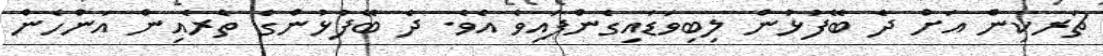
ޗަރކިން އަށް ދެ ބޭފުޅުން ލިބިވަޑައިގެންފައިވެ އެވެ. ދެ ބޭފުޅުންގެ ތެރެއިން އަންހެން